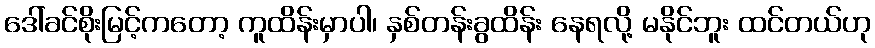
ဒေါ်ခင်စိုးမြင့်ကတော့ ကူထိန်းမှာပါ၊ နှစ်တန်းခွထိန်း နေရလို့ မနိုင်ဘူး ထင်တယ်ဟု